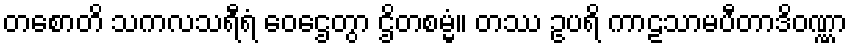
တစောတိ သကလသရီရံ ဝေဌေတွာ ဌိတစမ္မံ။ တဿ ဥပရိ ကာဠသာမပီတာဒိဝဏ္ဏာ